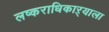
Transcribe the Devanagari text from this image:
लष्कराधिकाऱ्याला